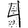
Digit: 4